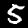
Label: 5